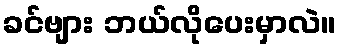
ခင်ဗျား ဘယ်လိုပေးမှာလဲ။